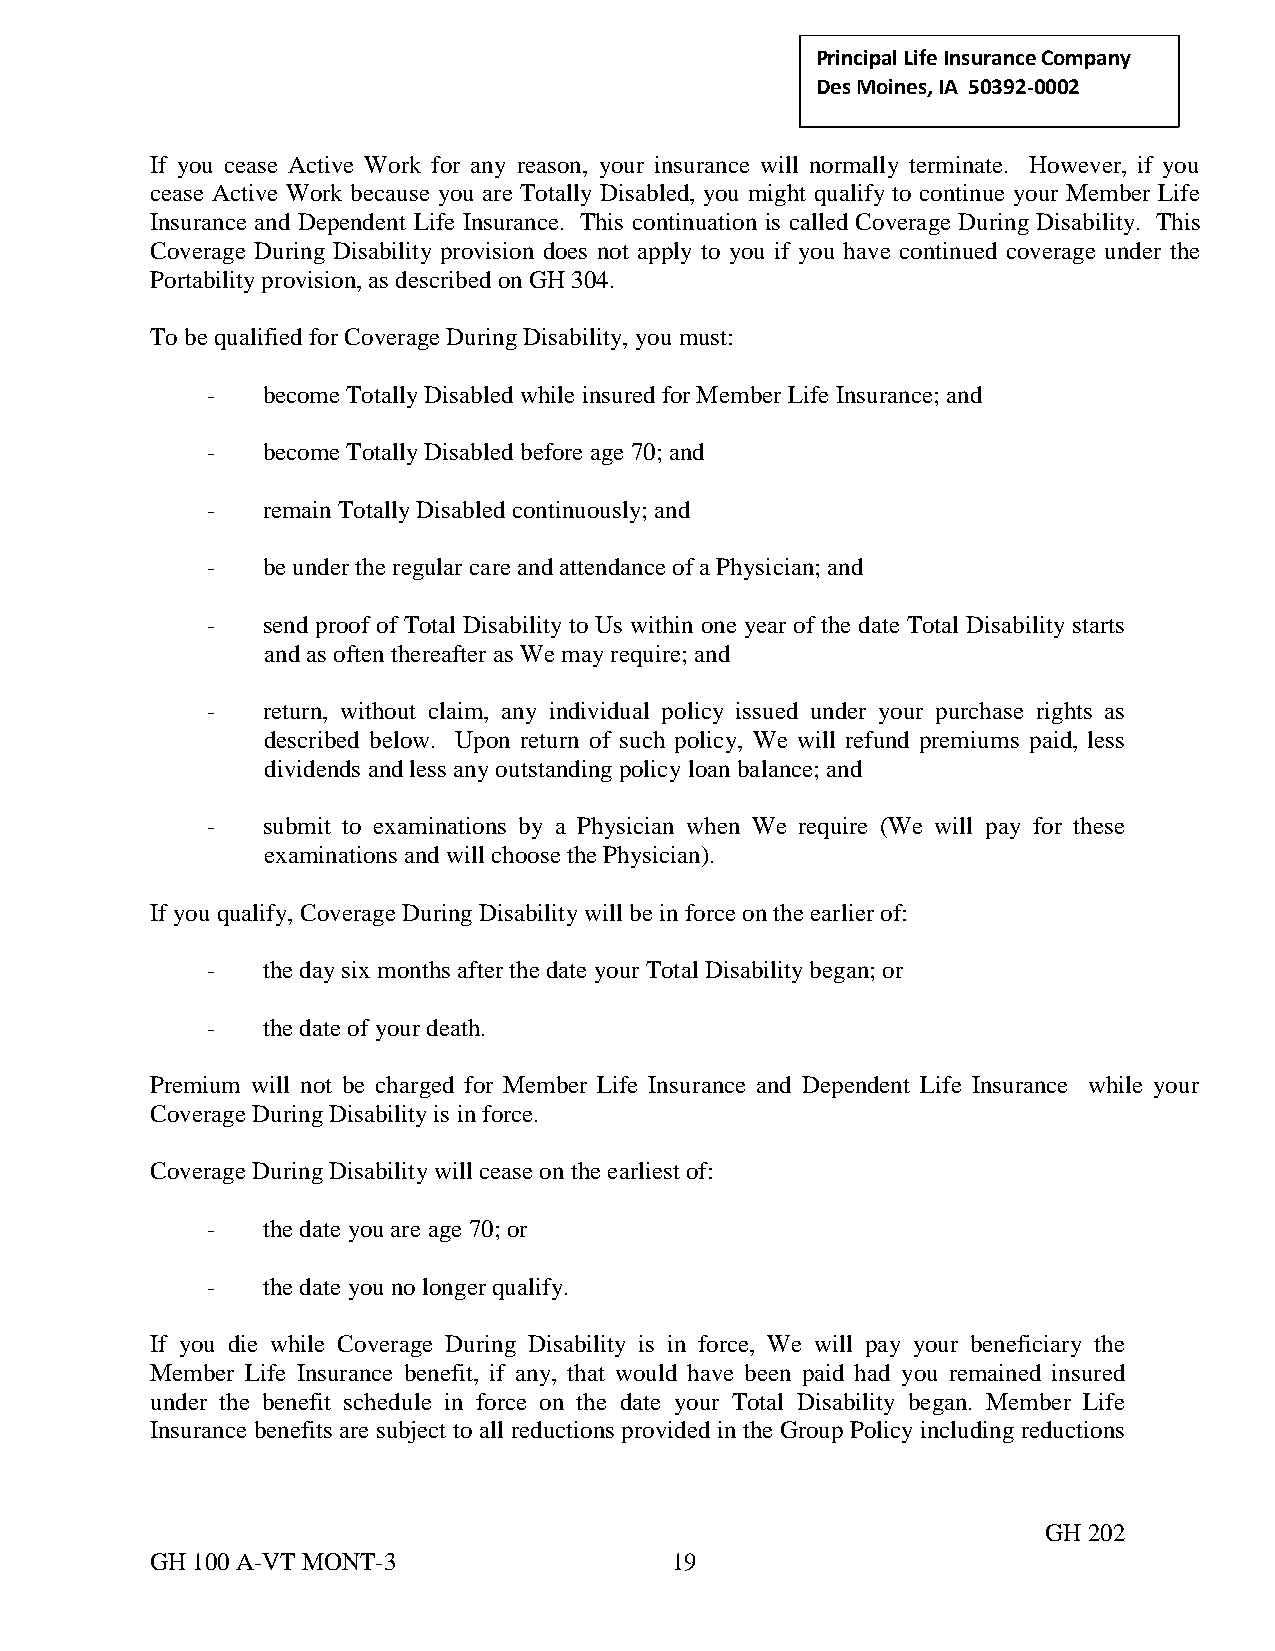
Principal Life Insurance C ompany
 Des Moines, IA 50392-0002
 If you cease Active Work for any reason, your insurance will normally terminate. However, if you
 cease Active Work because you are Totally Disabled, you might qualify to continue your Member Life
 Insurance and Dependent Life Insurance. This continuation is called Coverage During Disability. This
 Coverage During Disability provision does not apply to you if you have continued coverage under the
 Portability provision, as described on GH 304.
 To be qualified for Coverage During Disability, you must:
 -  become Totally Disabled while insured for Member Life Insurance; and
 -  become Totally Disabled before age 70; and
 -  remain Totally Disabled continuously; and
 -  be under the regular care and attendance of a Physician; and
 -  send proof of Total Disability to Us within one year of the date Total Disability starts
 and as often thereafter as We may require; and
 -  return, without claim, any individual policy issued under your purchase rights as
 described below. Upon return of such policy, We will refund premiums paid, less
 dividends and less any outstanding policy loan balance; and
 -  submit to examinations by a Physician when We require (We will pay for these
 examinations and will choose the Physician).
 If you qualify, Coverage During Disability will be in force on the earlier of:
 -  the day six months after the date your Total Disability began; or
 -  the date of your death.
 Premium will not be charged for Member Life Insurance and Dependent Life Insurance while your
 Coverage During Disability is in force.
 Coverage During Disability will cease on the earliest of:
 -  the date you are age 70; or
 -  the date you no longer qualify.
 If you die while Coverage During Disability is in force, We will pay your beneficiary the
 Member Life Insurance benefit, if any, that would have been paid had you remained insured
 under the benefit schedule in force on the date your Total Disability began. Member Life
 Insurance benefits are subject to all reductions provided in the Group Policy including reductions
 GH 202
 GH 100 A-VT MONT-3                19